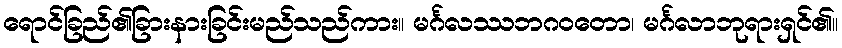
ရောင်ခြည်၏ခြားနားခြင်းမည်သည်ကား။ မင်္ဂလဿဘဂဝတော၊ မင်္ဂလာဘုရားရှင်၏။